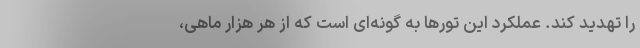
را تهدید کند. عملکرد این تورها به گونه‌ای است که از هر هزار ماهی،